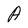
Character: A